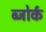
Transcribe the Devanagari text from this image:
ब्जोर्क